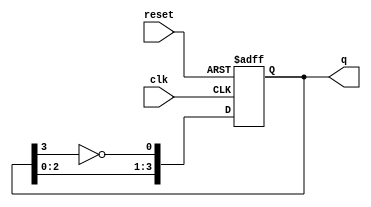
module johnson_counter #(
    parameter N = 4  // Number of flip-flops
)(
    input wire clk,         // Clock signal
    input wire reset,       // Asynchronous reset signal
    output reg [N-1:0] q    // Output states of the flip-flops
);

// Internal signal for the inverted output of the last flip-flop
wire feedback;

assign feedback = ~q[N-1];  // Invert the last flip-flop's output

// Sequential logic for the Johnson counter
always @(posedge clk or posedge reset) begin
    if (reset) begin
        q <= 0;  // Asynchronous reset to 0
    end else begin
        q <= {q[N-2:0], feedback};  // Shift and insert feedback
    end
end

endmodule